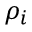
\rho _ { i }